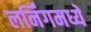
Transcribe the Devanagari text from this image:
लर्निंगमध्ये